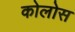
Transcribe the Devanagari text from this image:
कोलोस